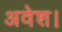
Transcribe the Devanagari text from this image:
अवेश।